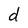
Character: d